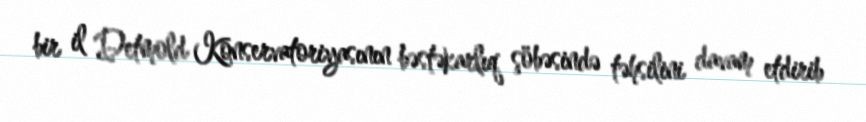
bir il Detmold Konservatoriyasının bəstəkarlıq şöbəsində təhsilini davam etdirib